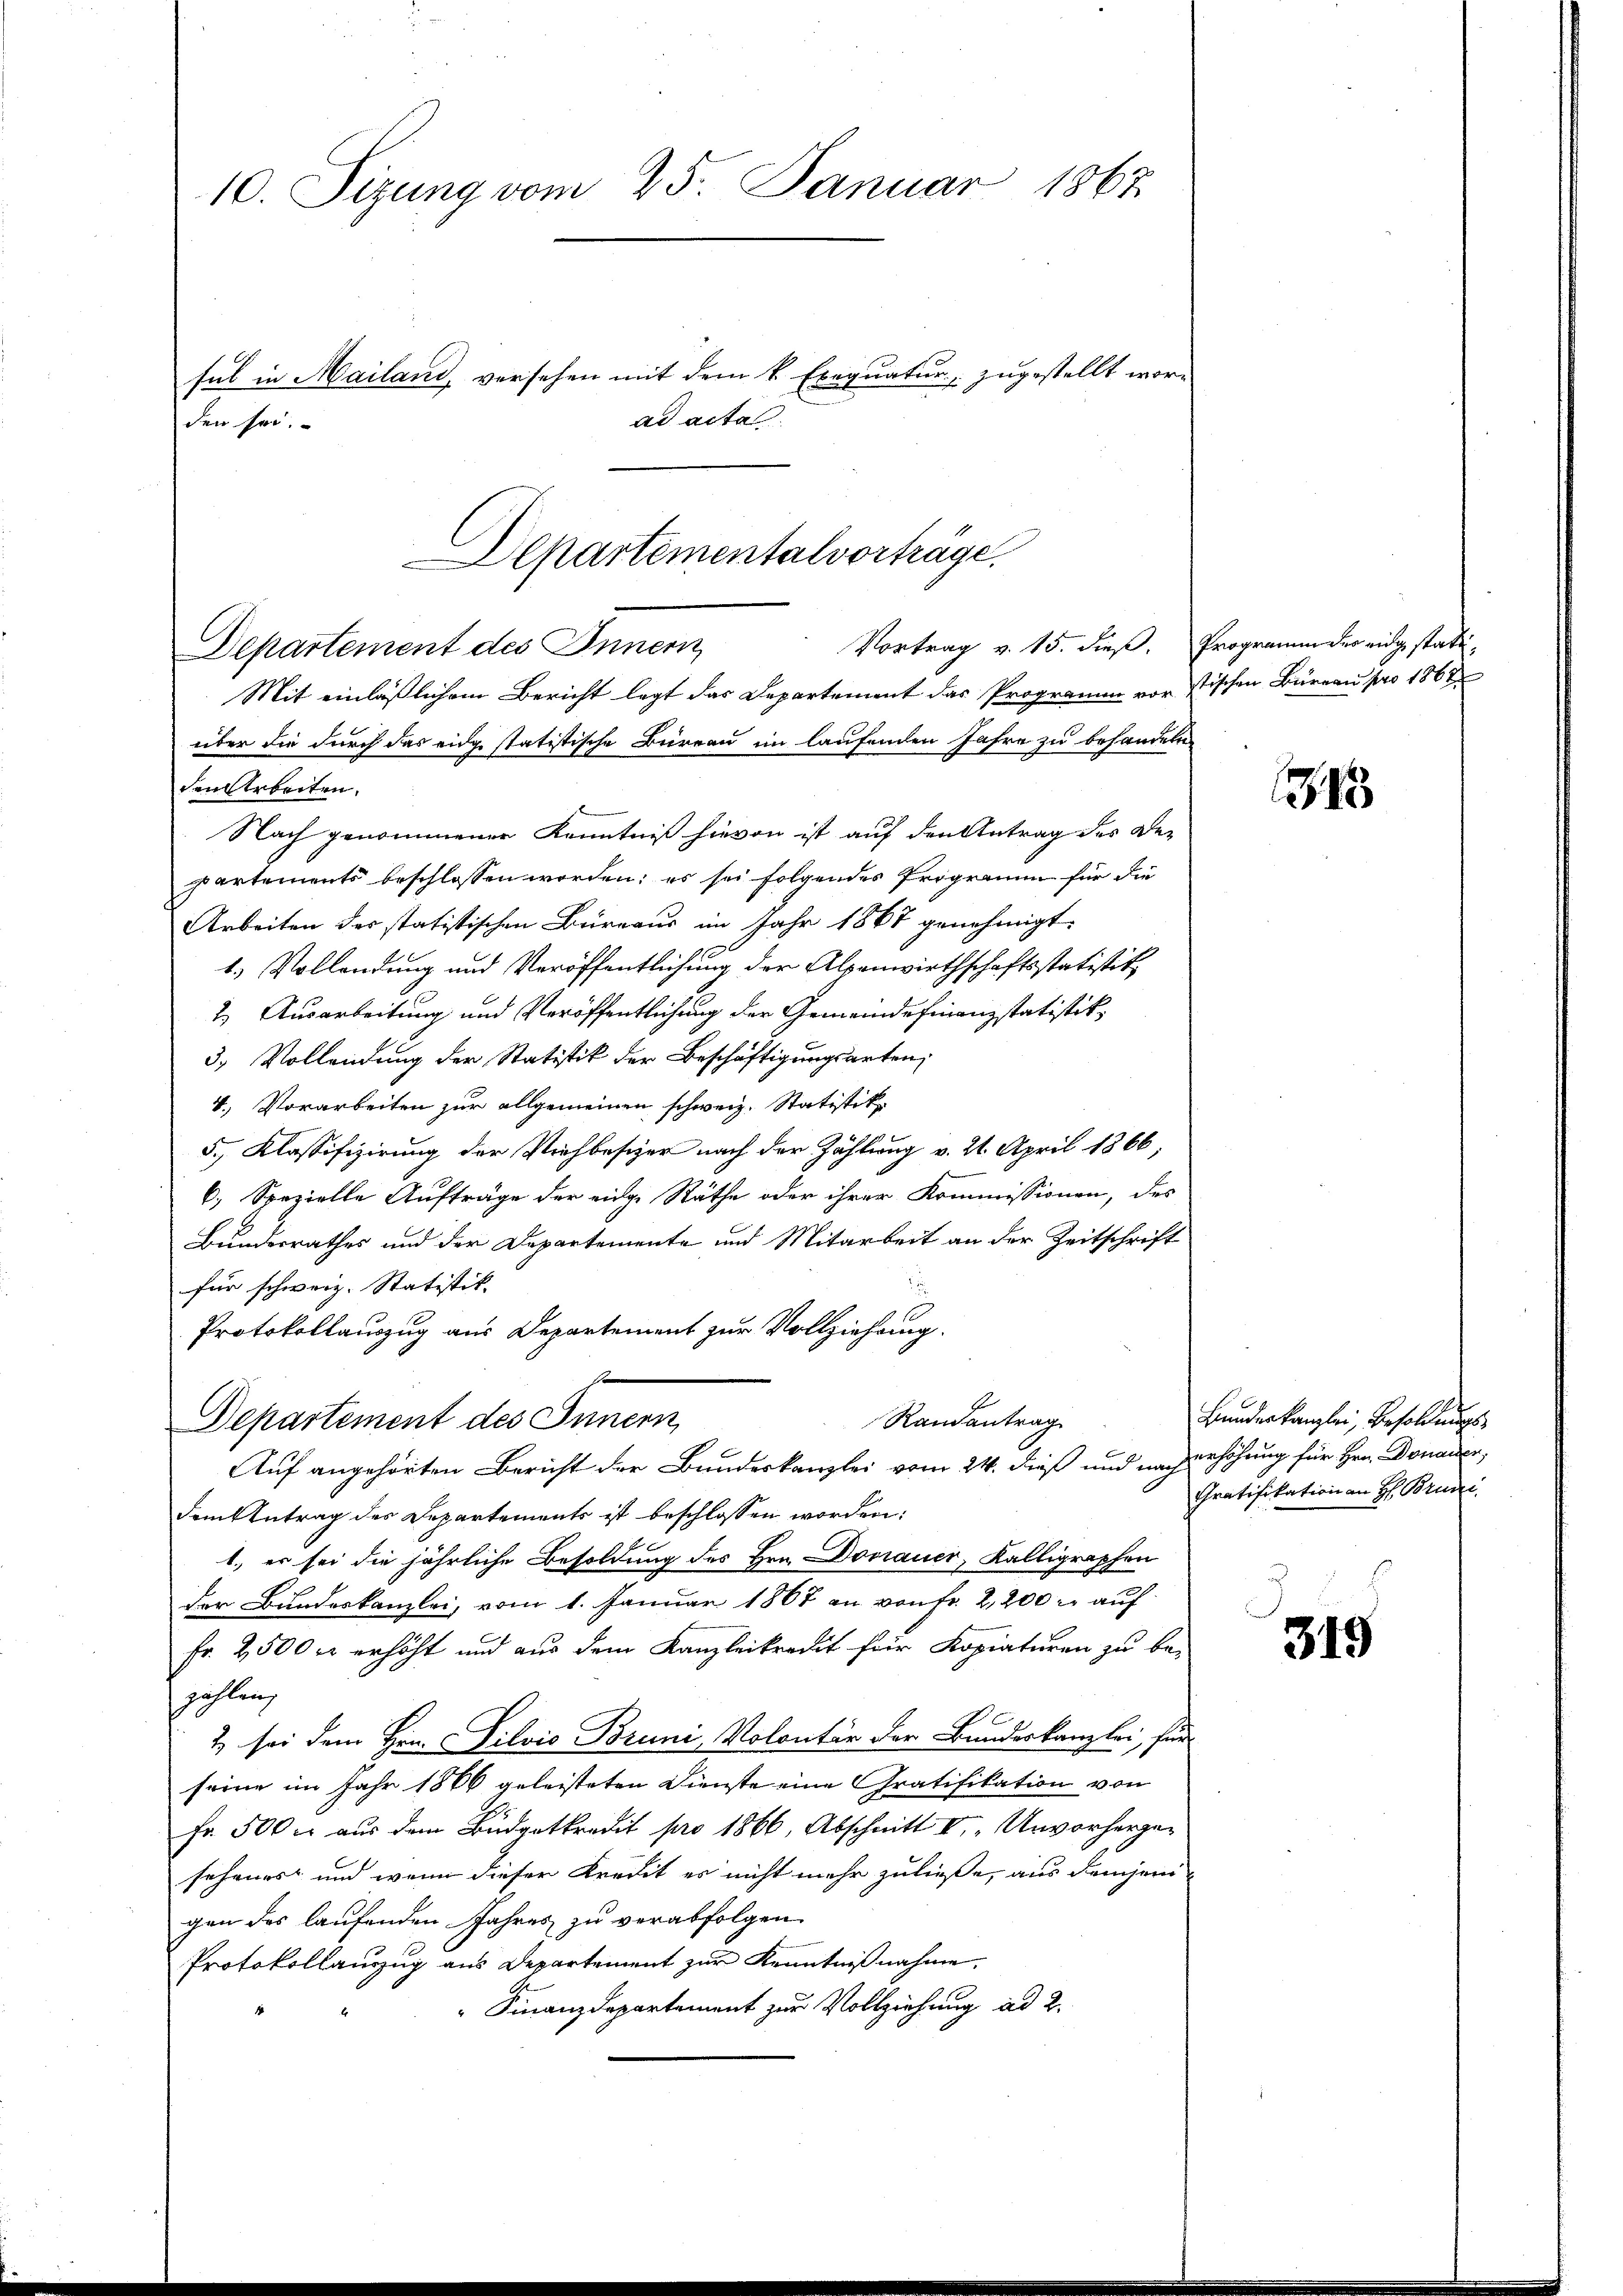
10. Sizung vom 25. Januar 1862

sul in Mailand, versehen mit dem k. Exequatur zugestellt wor-
ad acta.
den sei.
Departementalvorträge.

Vortrag v. 15. dieß. Programm der eidge statt¬
Departement des Innern,

Mit einläßlichem Bericht legt das Departement das Programm vor stischen Büreau pro 1867
über die durch das eidge statistische Büreau im laufenden Jahre zu behandeln
den Arbeiten.
Nach genommener Kenntniß hievon ist auf den Antrag des Departements beschlossen worden; es sei folgendes Programm für die
Arbeiten des statistischen Büreaus im Jahr 1867 genehmigt.
1.) Vollendung und Veröffentlichung der Alpenwirthschaftsstatistik
2. Ausarbeitung und Veröffentlichung der Gemeindefinanzstatistik,
3. Vollendung der Statistik der Beschäftigungsarten,
4.) Vorarbeiten zur allgemeinen schweiz. Statistik.
5., Klassifizirung der Viehbesizer nach der Zählung v. 24. April 1866,
6.) Spezielle Aufträge der eige Räthe oder ihrer Kommissionen, des
Bundesrathes und der Departemente und Mitarbeit an der Zeitschrift
für schweiz. Statistik. |
Protokollauszug aus Departement zur Vollziehung.
so
Randantrag
Departement des Innern,
Auf angehörten Bericht der Bundeskanzlei vom 24. dieß und nach
dem Antrag des Departements ist beschlossen worden:
17 f
1. er sei die jährliche Besoldung des Hrn. Donauer, Kalligraphen
der Bundeskanzlei, vom 1. Januar 1867 an von fr. 2,200. auf
Fr. 2500 er erhöht und aus dem Kanzleikredit für Kopiaturen zu be-
zahlen,
2 sei dem Hrn. Silvis Bruni, Volontär der Bundeskanzlei, für
seine im Jahr 1866 geleisteten Dienste eine Gratifikation von
Fr. 500 r. aus dem Büdgetkredit pro 1866, Abschnitt II. „Unvorhergesehenes und wenn dieser Kredit es nicht mehr zuließe, aus demjeni
gen des laufenden Jahres zu verabfolgen.
Protokollauszug aus Departement zur Kenntnißnahme,
" Finanzdepartement zur Vollziehung ad 2.

345

Bundeskanzlei, Besoldungserhöhung für Hrn. Donauer,
Gratifikation an H: Bruni

319